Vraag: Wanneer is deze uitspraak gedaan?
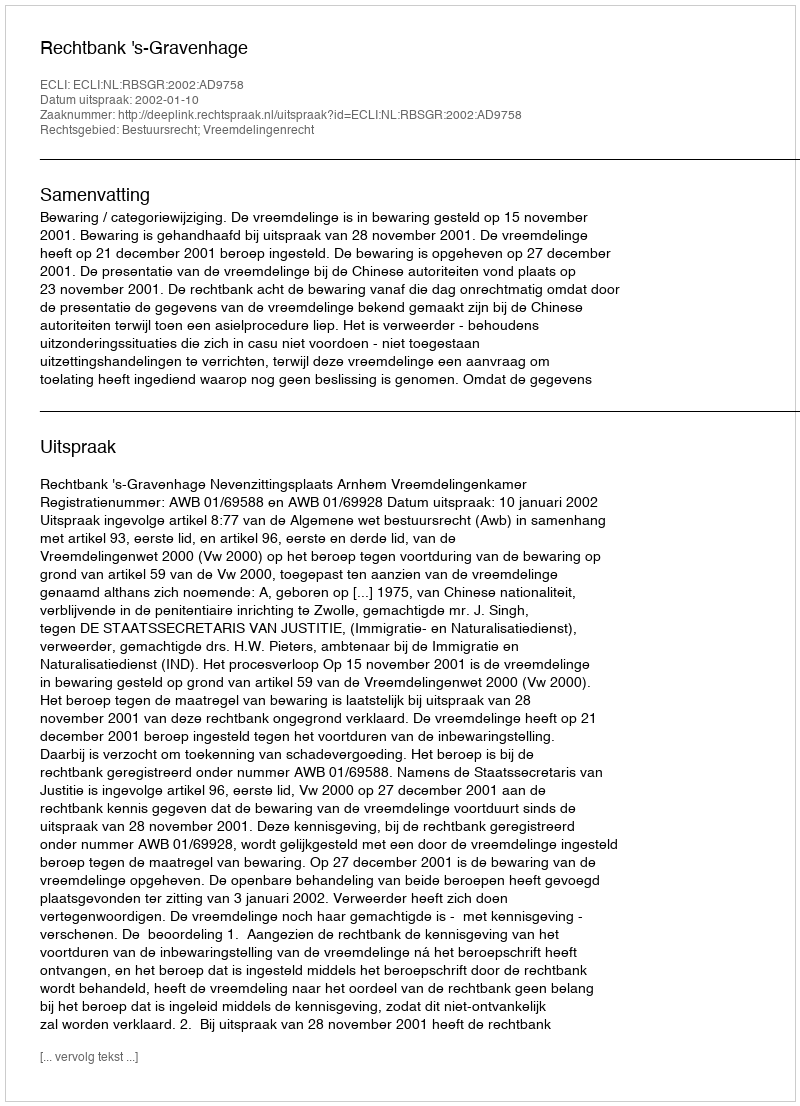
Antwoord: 2002-01-10